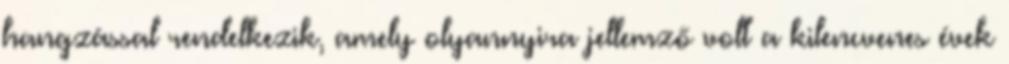
hangzással rendelkezik, amely olyannyira jellemző volt a kilencvenes évek